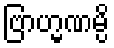
ဗြာဟ္မဏမ္ပိ